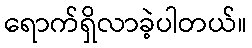
ရောက်ရှိလာခဲ့ပါတယ်။